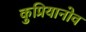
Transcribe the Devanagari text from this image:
कुप्रियानोव